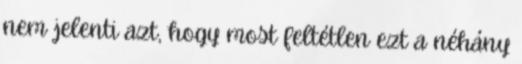
nem jelenti azt, hogy most feltétlen ezt a néhány